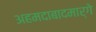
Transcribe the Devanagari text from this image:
अहमदाबादमार्गे